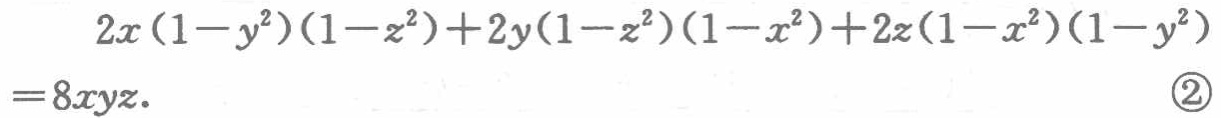
\[
\begin{align*}
&2x(1 - y^{2})(1 - z^{2})+2y(1 - z^{2})(1 - x^{2})+2z(1 - x^{2})(1 - y^{2})\\
=&8xyz.\quad\textcircled{2}
\end{align*}
\]